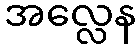
အလ္လေန